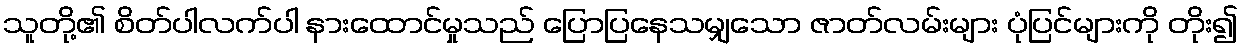
သူတို့၏ စိတ်ပါလက်ပါ နားထောင်မှုသည် ပြောပြနေသမျှသော ဇာတ်လမ်းများ ပုံပြင်များကို တိုး၍